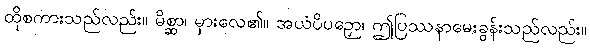
ထိုစကားသည်လည်း။ မိစ္ဆာ၊ မှားလေ၏။ အယံပိပဉှော၊ ဤပြဿနာမေးခွန်းသည်လည်း။